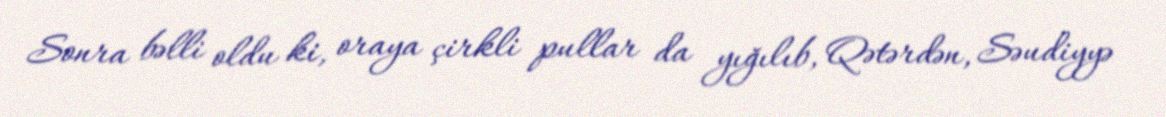
Sonra bəlli oldu ki, oraya çirkli pullar da yığılıb, Qətərdən, Səudiyyə